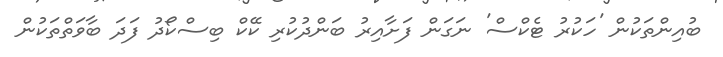
ބުއިންތަކުން 'ހަކުރު ޓެކްސް' ނަގަން ފަށާއިރު ބަންދުކުރި ކޭކް ބިސްކޯދު ފަދަ ބާވަތްތަކުން